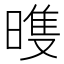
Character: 𣉲